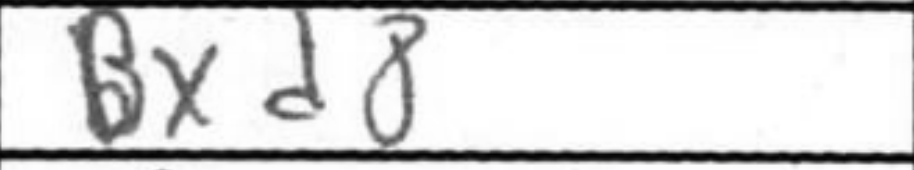
Transcription: Bxd8